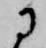
に